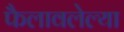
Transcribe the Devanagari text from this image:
फैलावलेल्या